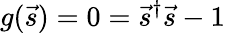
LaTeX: g(\vec{s})=0=\vec{s}^{\dagger}\vec{s}-1